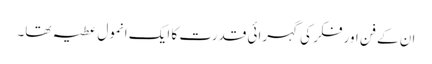
ان کے فن اور فکر کی گہرائی قدرت کا ایک انمول عطیہ تھا۔